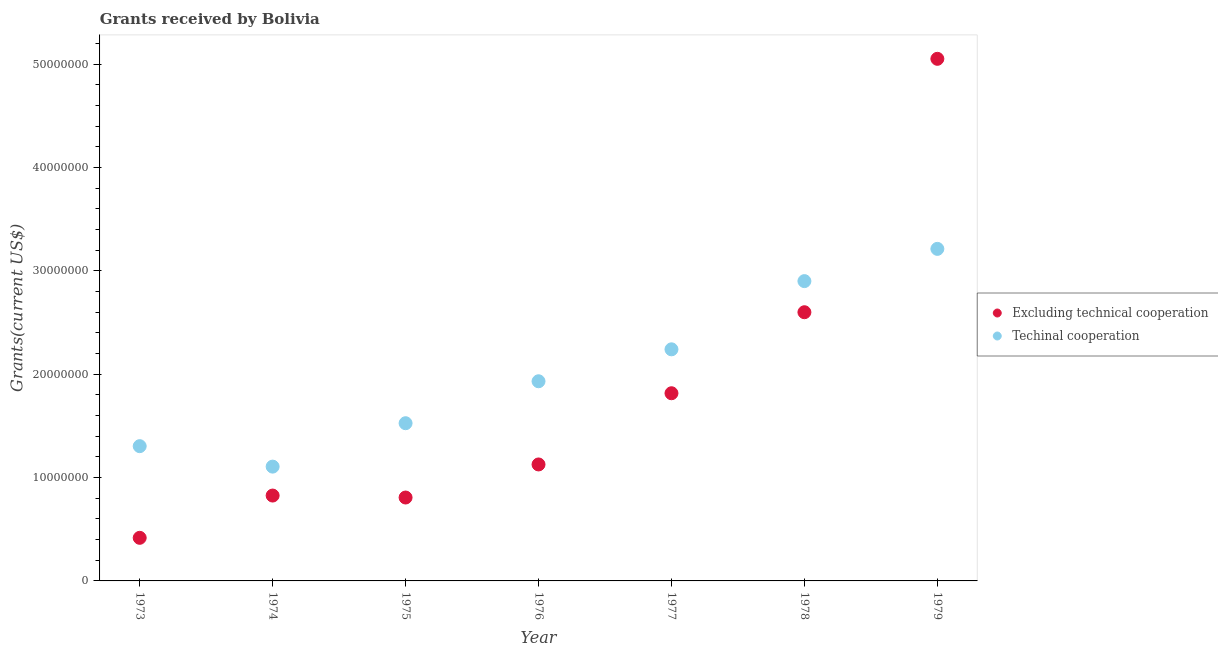
| Year | Excluding technical cooperation | Techinal cooperation |
 | --- | --- | --- |
 | 1973 | 4.17e+06 | 1.3e+07 |
 | 1974 | 8.26e+06 | 1.11e+07 |
 | 1975 | 8.07e+06 | 1.53e+07 |
 | 1976 | 1.13e+07 | 1.93e+07 |
 | 1977 | 1.82e+07 | 2.24e+07 |
 | 1978 | 2.6e+07 | 2.9e+07 |
 | 1979 | 5.05e+07 | 3.21e+07 |